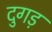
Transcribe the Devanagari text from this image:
दुगड़